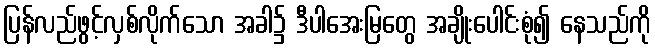
ပြန်လည်ဖွင့်လှစ်လိုက်သော အခါ၌ ဒီပါအေးမြတွေ အချိုးပေါင်းစုံ၍ နေသည်ကို